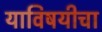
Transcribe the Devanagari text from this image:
याविषयीचा